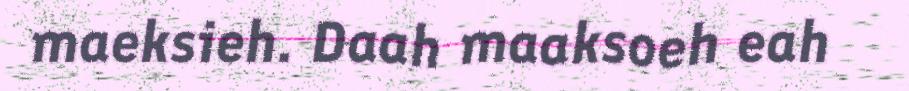
maeksieh. Daah maaksoeh eah